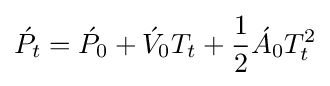
{\acute {P}}_{t}={\acute {P}}_{0}+{\acute {V}}_{0}T_{t}+{\frac {1}{2}}{\acute {A}}_{0}T_{t}^{2}